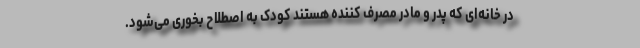
در خانه‌ای که پدر و مادر مصرف کننده هستند کودک به اصطلاح بخوری می‌شود.